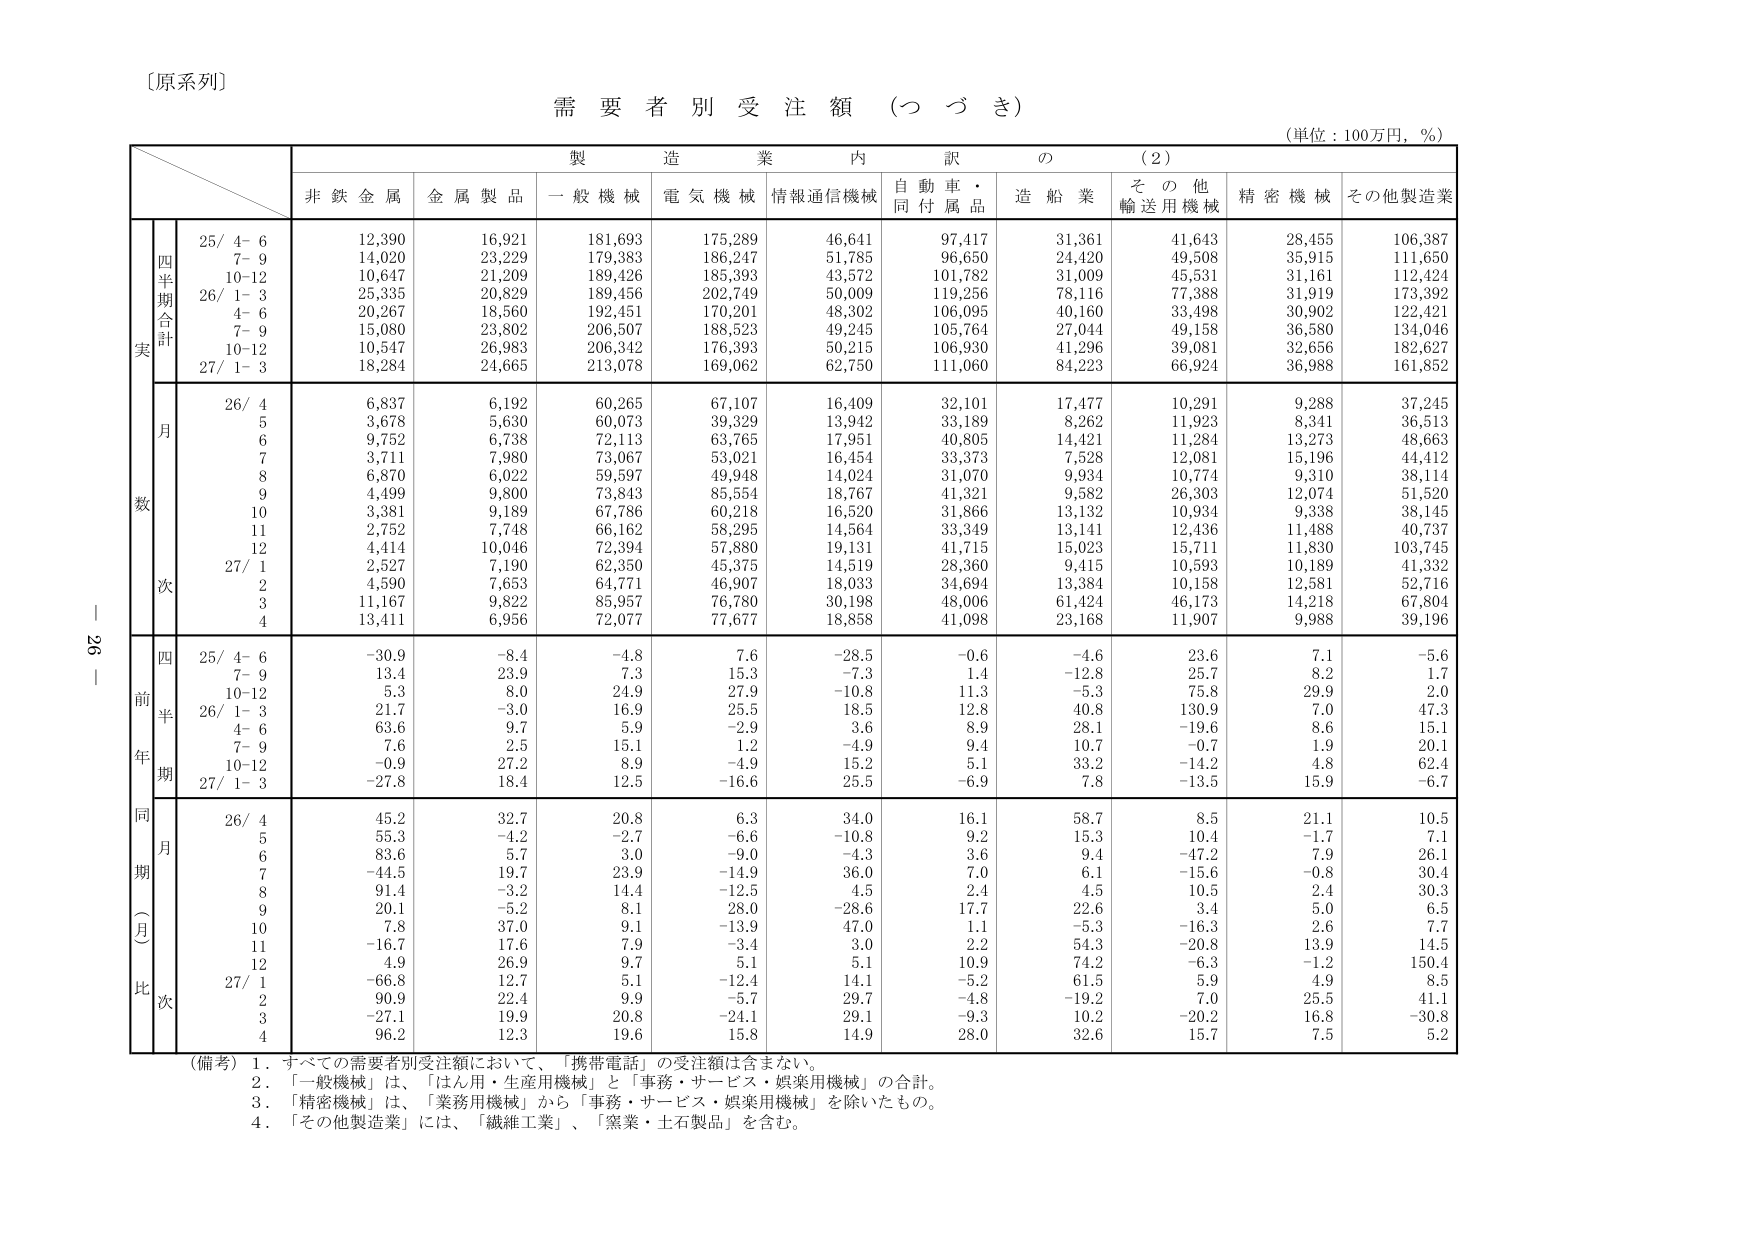
〔原系列〕

需要者別受注額（つづき）

（単位：100万円，％）

製造業内訳の（2）

非鉄金属　金属製品　一般機械　電気機械　情報通信機械　自動車・同付属品　造船業　その他輸送用機械　精密機械　その他製造業

四半期合計
実
25/ 4- 6　　　12,390　　16,921　　181,693　　175,289　　46,641　　97,417　　31,361　　41,643　　28,455　　106,387
　　　7- 9　　　14,020　　23,229　　179,383　　186,247　　51,785　　96,650　　24,420　　49,508　　35,915　　111,650
　　　10-12　　　10,647　　21,209　　189,426　　185,393　　43,572　　101,782　　31,009　　45,531　　31,161　　112,424
26/ 1- 3　　　25,335　　20,829　　189,456　　202,749　　50,009　　119,256　　78,116　　77,388　　31,919　　173,392
　　　4- 6　　　20,267　　18,560　　192,451　　170,201　　48,302　　106,095　　40,160　　33,498　　30,902　　122,421
　　　7- 9　　　15,080　　23,802　　206,507　　188,523　　49,245　　105,764　　27,044　　49,158　　36,580　　134,046
　　　10-12　　　10,547　　26,983　　206,342　　176,393　　50,215　　106,930　　41,296　　39,081　　32,656　　182,627
27/ 1- 3　　　18,284　　24,665　　213,078　　169,062　　62,750　　111,060　　84,223　　66,924　　36,988　　161,852

月
数
26/ 4　　　6,837　　6,192　　60,265　　67,107　　16,409　　32,101　　17,477　　10,291　　9,288　　37,245
　　　5　　　3,678　　5,630　　60,073　　39,329　　13,942　　33,189　　8,262　　11,923　　8,341　　36,513
　　　6　　　9,752　　6,738　　72,113　　63,765　　17,951　　40,805　　14,421　　11,284　　13,273　　48,663
　　　7　　　3,711　　7,980　　73,067　　53,021　　16,454　　33,373　　7,528　　12,081　　15,196　　44,412
　　　8　　　6,870　　6,022　　59,597　　49,948　　14,024　　31,070　　9,934　　10,774　　9,310　　38,114
　　　9　　　4,499　　9,800　　73,843　　85,554　　18,767　　41,321　　9,582　　26,303　　12,074　　51,520
　　　10　　　3,381　　9,189　　67,786　　60,218　　16,520　　31,866　　13,132　　10,934　　9,338　　38,145
　　　11　　　2,752　　7,748　　66,162　　58,295　　14,564　　33,349　　13,141　　12,436　　11,488　　40,737
　　　12　　　4,414　　10,046　　72,394　　57,880　　19,131　　41,715　　15,023　　15,711　　11,830　　103,745
27/ 1　　　2,527　　7,190　　62,350　　45,375　　14,519　　28,360　　9,415　　10,593　　10,189　　41,332
　　　2　　　4,590　　7,653　　64,771　　46,907　　18,033　　34,694　　13,384　　10,158　　12,581　　52,716
　　　3　　　11,167　　9,822　　85,957　　76,780　　30,198　　48,006　　61,424　　46,173　　14,218　　67,804
　　　4　　　13,411　　6,956　　72,077　　77,677　　18,858　　41,098　　23,168　　11,907　　9,988　　39,196

前年同期
四半期
25/ 4- 6　　　-30.9　　-8.4　　-4.8　　7.6　　-28.5　　-0.6　　-4.6　　23.6　　7.1　　-5.6
　　　7- 9　　　13.4　　23.9　　7.3　　15.3　　-7.3　　1.4　　-12.8　　25.7　　8.2　　1.7
　　　10-12　　　5.3　　8.0　　24.9　　27.9　　-10.8　　11.3　　-5.3　　75.8　　29.9　　2.0
26/ 1- 3　　　21.7　　-3.0　　16.9　　25.5　　18.5　　12.8　　40.8　　130.9　　7.0　　47.3
　　　4- 6　　　63.6　　9.7　　5.9　　-2.9　　3.6　　8.9　　28.1　　-19.6　　8.6　　15.1
　　　7- 9　　　7.6　　2.5　　15.1　　1.2　　-4.9　　9.4　　10.7　　-0.7　　1.9　　20.1
　　　10-12　　　-0.9　　27.2　　8.9　　-4.9　　15.2　　5.1　　33.2　　-14.2　　4.8　　62.4
27/ 1- 3　　　-27.8　　18.4　　12.5　　-16.6　　25.5　　-6.9　　7.8　　-13.5　　15.9　　-6.7

同期（月）比
月
26/ 4　　　45.2　　32.7　　20.8　　6.3　　34.0　　16.1　　58.7　　8.5　　21.1　　10.5
　　　5　　　55.3　　-4.2　　-2.7　　-6.6　　-10.8　　9.2　　15.3　　10.4　　-1.7　　7.1
　　　6　　　83.6　　5.7　　3.0　　-9.0　　-4.3　　3.6　　9.4　　-47.2　　7.9　　26.1
　　　7　　　-44.5　　19.7　　23.9　　-14.9　　36.0　　7.0　　6.1　　-15.6　　-0.8　　30.4
　　　8　　　91.4　　-3.2　　14.4　　-12.5　　4.5　　2.4　　4.5　　10.5　　2.4　　30.3
　　　9　　　20.1　　-5.2　　8.1　　28.0　　-28.6　　17.7　　22.6　　3.4　　5.0　　6.5
　　　10　　　7.8　　37.0　　9.1　　-13.9　　47.0　　1.1　　-5.3　　-16.3　　2.6　　7.7
　　　11　　　-16.7　　17.6　　7.9　　-3.4　　3.0　　2.2　　54.3　　-20.8　　13.9　　14.5
　　　12　　　4.9　　26.9　　9.7　　5.1　　5.1　　10.9　　74.2　　-6.3　　-1.2　　150.4
27/ 1　　　-66.8　　12.7　　5.1　　-12.4　　14.1　　-5.2　　61.5　　5.9　　4.9　　8.5
　　　2　　　90.9　　22.4　　9.9　　-5.7　　29.7　　-4.8　　-19.2　　7.0　　25.5　　41.1
　　　3　　　-27.1　　19.9　　20.8　　-24.1　　29.1　　-9.3　　10.2　　-20.2　　16.8　　-30.8
　　　4　　　96.2　　12.3　　19.6　　15.8　　14.9　　28.0　　32.6　　15.7　　7.5　　5.2

（備考）1．すべての需要者別受注額において、「携帯電話」の受注額は含まない。
　　　2．「一般機械」は、「はん用・生産用機械」と「事務・サービス・娯楽用機械」の合計。
　　　3．「精密機械」は、「業務用機械」から「事務・サービス・娯楽用機械」を除いたもの。
　　　4．「その他製造業」には、「繊維工業」、「窯業・土石製品」を含む。